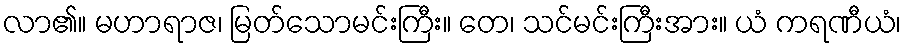
လာ၏။ မဟာရာဇ၊ မြတ်သောမင်းကြီး။ တေ၊ သင်မင်းကြီးအား။ ယံ ကရဏီယံ၊